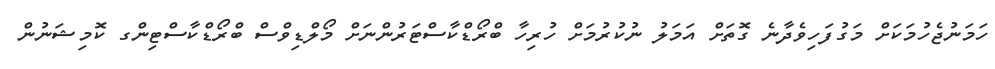
ހަމަނުޖެހުމަކަށް މަގުފަހިވެދާނެ ގޮތަށް އަމަލު ނުކުރުމަށް ހުރިހާ ބްރޯޑްކާސްޓަރުންނަށް މޯލްޑިވްސް ބްރޯޑްކާސްޓިންގ ކޮމިޝަނުން